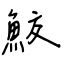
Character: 鮫